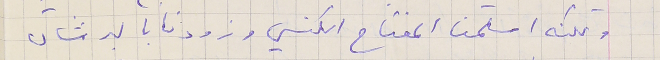
ولكنه اسلمنا المفتاح الكنسي وزودنا بالبرشان